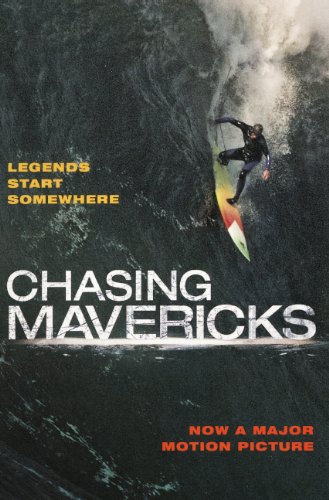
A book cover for Chasing Mavericks (Turtleback School & Library Binding Edition); Christine Peymani; Teen & Young Adult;